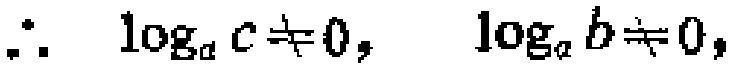
\(\therefore \quad \log _{a} c \neq 0, \quad \log _{a} b \neq 0,\)